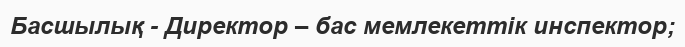
Басшылық - Директор – бас мемлекеттік инспектор;